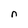
Character: n